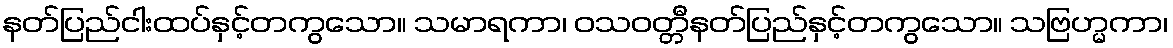
နတ်ပြည်ငါးထပ်နှင့်တကွသော။ သမာရကာ၊ ဝသဝတ္တီနတ်ပြည်နှင့်တကွသော။ သဗြဟ္မကာ၊